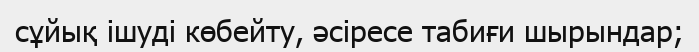
сұйық ішуді көбейту, әсіресе табиғи шырындар;